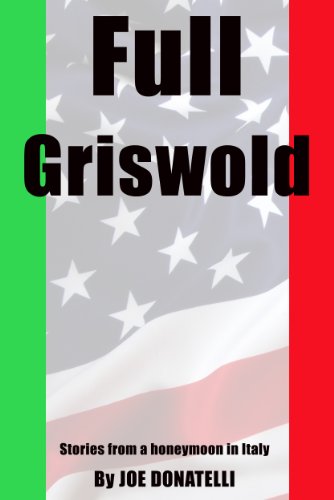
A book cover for Full Griswold: Stories from a Honeymoon in Italy; Joe Donatelli; Crafts, Hobbies & Home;